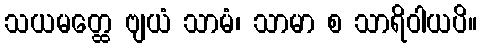
သယမတ္ထေ ဗျယံ သာမံ၊ သာမာ စ သာရိဝါယပိ။